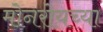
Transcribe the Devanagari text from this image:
मोनरोयच्या